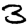
Digit: 3